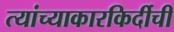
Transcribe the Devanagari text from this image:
त्यांच्याकारकिर्दीची